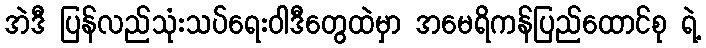
အဲဒီ ပြန်လည်သုံးသပ်ရေးဝါဒီတွေထဲမှာ အမေရိကန်ပြည်ထောင်စု ရဲ့